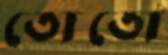
তোতো